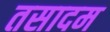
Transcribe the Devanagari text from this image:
तसादम